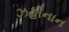
ઝહીનાન